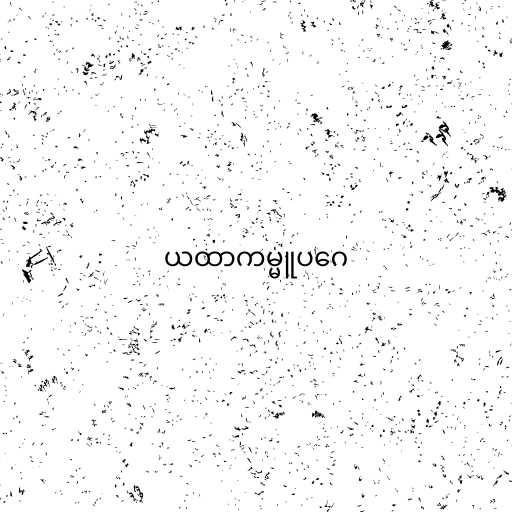
ယထာကမ္မူပဂေ